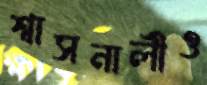
শ্বাসনালীও